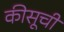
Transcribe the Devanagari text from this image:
कीसूची